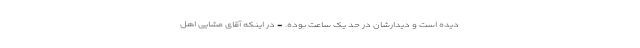
دیده است و دیدارشان در حد یک ساعت بوده. - در اینکه آقای مشایی اهل